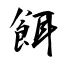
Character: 餌